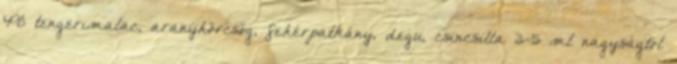
Pl: tengerimalac, aranyhörcsög, fehérpatkány, degu, csincsilla 3-5 ml nagyságtól